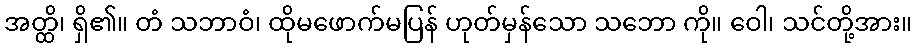
အတ္ထိ၊ ရှိ၏။ တံ သဘာဝံ၊ ထိုမဖောက်မပြန် ဟုတ်မှန်သော သဘော ကို။ ဝေါ၊ သင်တို့အား။